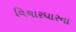
વિચારધારના